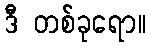
ဒီ တစ်ခုရော။